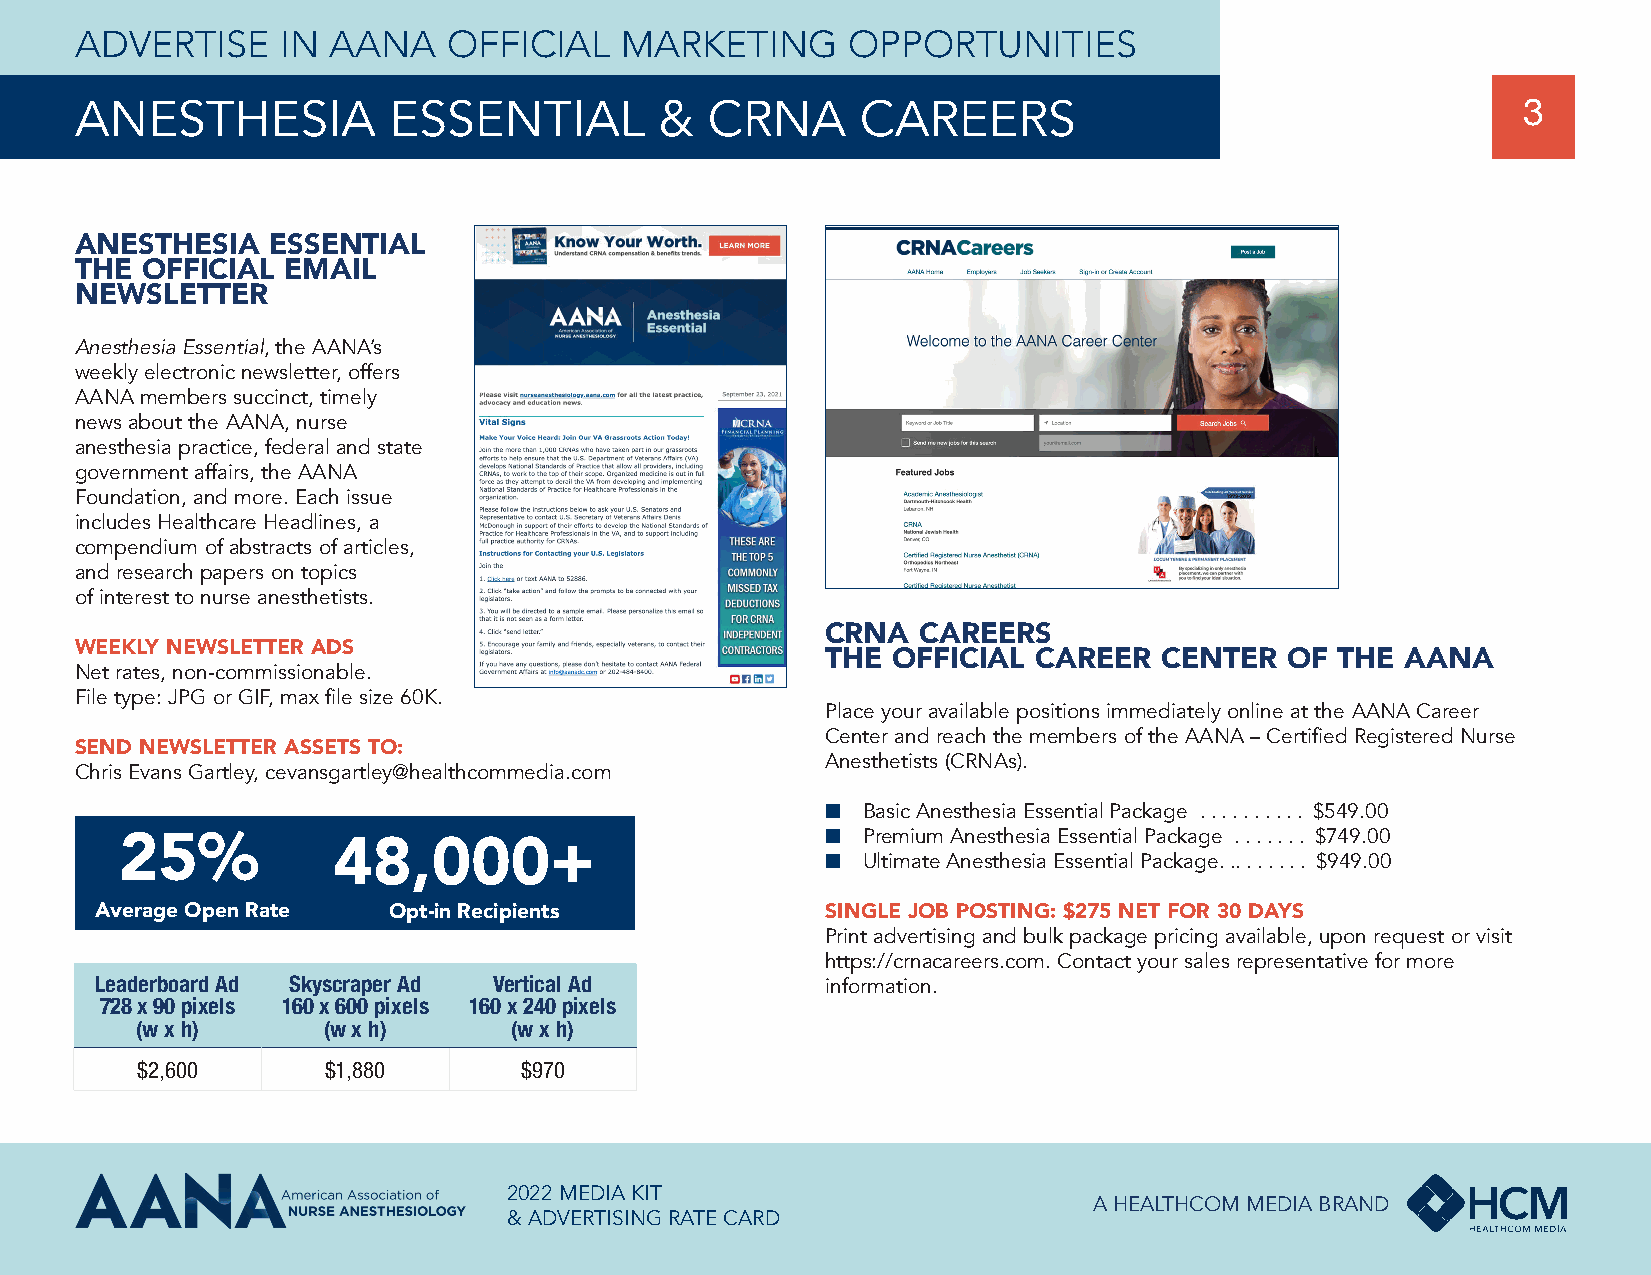
ADVERTISE     IN AANA    OFFICIAL   MARKETING      OPPORTUNITIES
 ANESTHESIA           ESSENTIAL         &  CRNA      CAREERS                                     3
 ANESTHESIA   ESSENTIAL
 THE OFFICIAL  EMAIL
 NEWSLETTER
 Anesthesia Essential, the AANA’s
 weekly electronic newsletter, offers
 AANA members succinct, timely
 news about the AANA, nurse
 anesthesia practice, federal and state
 government affairs, the AANA
 Foundation, and more. Each issue
 includes Healthcare Headlines, a
 compendium of abstracts of articles,
 and research papers on topics
 of interest to nurse anesthetists.
 CRNA  CAREERS
 WEEKLY NEWSLETTER ADS
 THE OFFICIAL CAREER   CENTER  OF  THE AANA
 Net rates, non-commissionable.
 File type: JPG or GIF, max file size 60K.
 Place your available positions immediately online at the AANA Career
 Center and reach the members of the AANA – Certified Registered Nurse
 SEND NEWSLETTER ASSETS TO:
 Anesthetists (CRNAs).
 Chris Evans Gartley, cevansgartley@healthcommedia.com
 ■ Basic Anesthesia Essential Package . . . . . . . . . . $549.00
 ■ Premium Anesthesia Essential Package . . . . . . . $749.00
 25%           48,000+                          ■ Ultimate Anesthesia Essential Package. .. . . . . . . $949.00
 Average Open Rate   Opt-in Recipients            SINGLE JOB POSTING: $275 NET FOR 30 DAYS
 Print advertising and bulk package pricing available, upon request or visit
 https://crnacareers.com. Contact your sales representative for more
 Leaderboard Ad Skyscraper Ad Vertical Ad         information.
 728 x 90 pixels 160 x 600 pixels 160 x 240 pixels
 (w x h)     (w x h)      (w x h)
 $2,600      $1,880       $970
 2022 MEDIA KIT
 A HEALTHCOM MEDIA BRAND
 & ADVERTISING RATE CARD